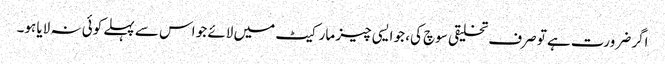
اگر ضرورت ہے تو صرف تخلیقی سوچ کی، جو ایسی چیز مارکیٹ میں لائے جو اس سے پہلے کوئی نہ لایا ہو۔